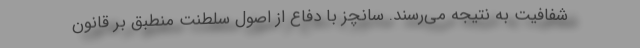
شفافیت به نتیجه می‌رسند. سانچز با دفاع از اصول سلطنت منطبق بر قانون